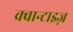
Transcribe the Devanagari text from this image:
क्वान्टाइज़